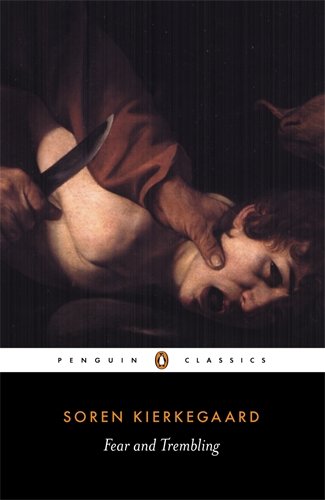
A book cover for Fear and Trembling (Penguin Classics); Soren Kierkegaard; Politics & Social Sciences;